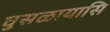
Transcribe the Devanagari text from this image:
घुसळायासि